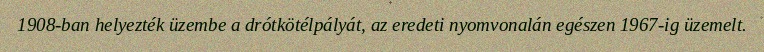
1908-ban helyezték üzembe a drótkötélpályát, az eredeti nyomvonalán egészen 1967-ig üzemelt.